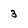
Character: 3